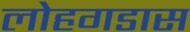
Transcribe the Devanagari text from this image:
लोहगडास